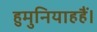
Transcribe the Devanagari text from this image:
हुमुनियाहहैं।